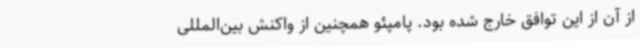
از آن از این توافق خارج شده بود. پامپئو همچنین از واکنش بین‌المللی